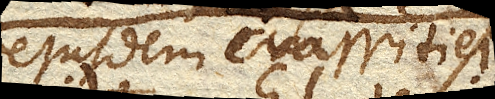
ejusdem crassitiei